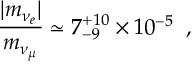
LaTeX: \frac { | m _ { \nu _ { e } } | } { m _ { \nu _ { \mu } } } \simeq 7 _ { - 9 } ^ { + 1 0 } \times 1 0 ^ { - 5 } \; \; ,